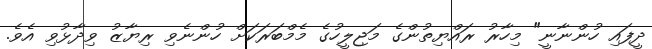
ދީފައި ހުންނާނީ" މިހާރު ރައްޔިތުންގެ މަޖިލީހުގެ މެމްބަރަކަށް ހުންނެވި ރިޔާޒު ވިދާޅުވި އެވެ.